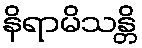
နိရာမိသန္တိ